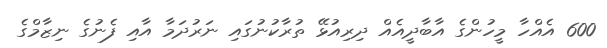
600 އެއްހާ މީހުންގެ އާބާދީއެއް ދިރިއުޅޭ ތުރާކުނުގައި ނަރުދަމާ އާއި ފެނުގެ ނިޒާމްގެ